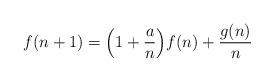
LaTeX: \begin{align*} f(n+1)=\Big(1+\frac an\Big)f(n)+\frac {g(n)}n \end{align*}